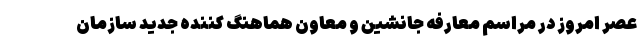
عصر امروز در مراسم معارفه جانشین و معاون هماهنگ کننده جدید سازمان